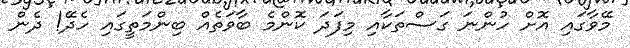
މޭވާގައި އޮށް ހުންނަ ގަސްތަކާއި މިފަދަ ކޮންމެ ބާވަތެއް ބިންމަތީގައި ހެދޭ! ދެން